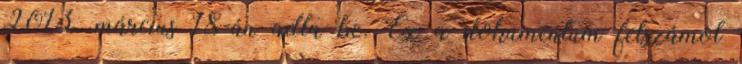
2013. március 18-án adta be. Ez a dokumentum felszámol